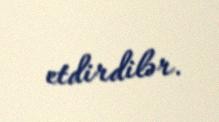
etdirdilər.